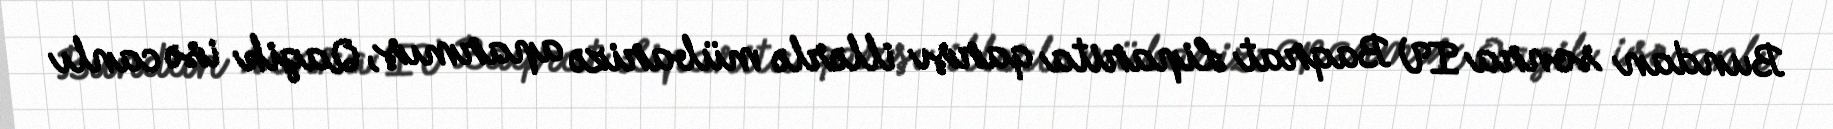
Bundan sonra IV Baqrat Liparita qarşı illərlə mübarizə aparmış, Qagik isə canlı